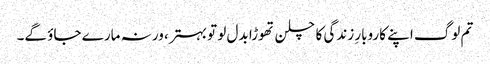
تم لوگ اپنے کاروبارِ زندگی کا چلن تھوڑا بدل لو تو بہتر، ورنہ مارے جاؤ گے۔